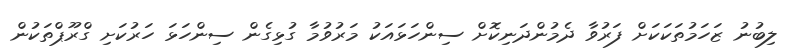
ލިބުނު ޒަހަމުތަކަކަށް ފަރުވާ ދެމުންދަނިކޮށް ސިންހަޅައަކު މަރުވުމާ ގުޅިގެން ސިންހަޅަ ހަރުކަށި ގްރޫޕްތަކުން